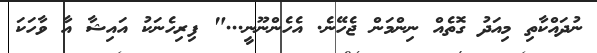
ނުދައްކާތި މިއަދު ގޮތެއް ނިންމަން ޖެހޭނެ. އެހެންނޫނީ..." ފިރިހެނަކު އައިޝާ އާ ވާހަކަ